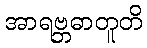
အာရဗ္ဘဓာတူတိ